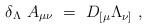
LaTeX: \begin{align*}\delta_{\Lambda}~A_{\mu \nu}~=~D_{[\mu} \Lambda_{\nu]}~,\end{align*}